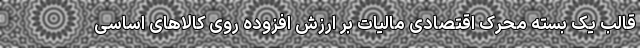
قالب یک بسته محرک اقتصادی مالیات بر ارزش افزوده روی کالاهای اساسی